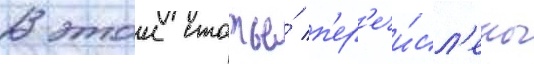
В этои статье́ п'ер'ечи́сл'ены